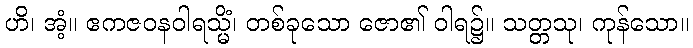
ဟိ၊ အံ့။ ဧကဇဝနဝါရသ္မိံ၊ တစ်ခုသော ဇော၏ ဝါရ၌။ သတ္တသု၊ ကုန်သော။